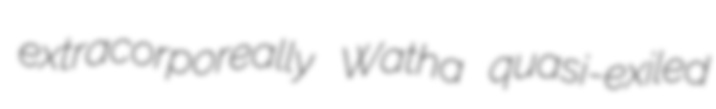
extracorporeally Watha quasi-exiled